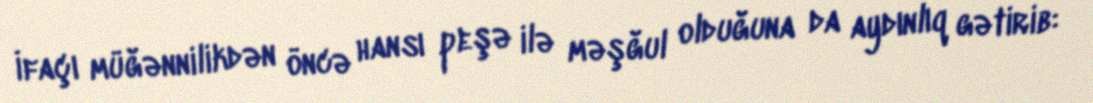
İfaçı müğənnilikdən öncə hansı peşə ilə məşğul olduğuna da aydınlıq gətirib: